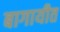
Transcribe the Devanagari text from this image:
बागायीत